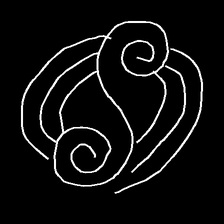
Glyph: wind-underfoot